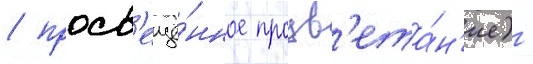
/ просв'ещё́нное процв'ета́н'ие) -